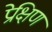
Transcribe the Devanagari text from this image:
प्रेक्षिण